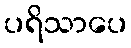
ပရိသာပေ